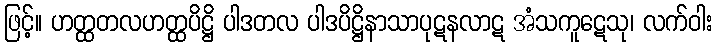
ဖြင့်။ ဟတ္ထတလဟတ္ထပိဋ္ဌိ ပါဒတလ ပါဒပိဋ္ဌိနာသာပုဋနလာဋ အံသကူဋေသု၊ လက်ဝါး